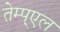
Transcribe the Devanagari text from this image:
तेम्प्एल